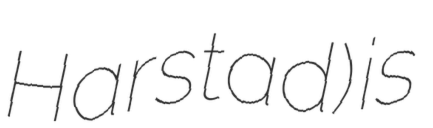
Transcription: Harstad) is